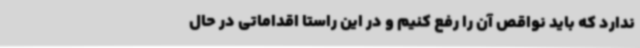
ندارد که باید نواقص آن را رفع کنیم و در این راستا اقداماتی در حال